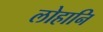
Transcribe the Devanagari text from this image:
लोहानि